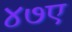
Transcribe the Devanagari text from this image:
४७ए